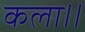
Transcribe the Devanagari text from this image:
कला।।